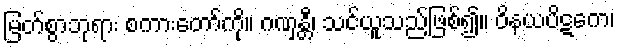
မြတ်စွာဘုရား စကားတော်ကို။ ဂဏှန္တီ၊ သင်ယူသည်ဖြစ်၍။ ဝိနယပိဋကေ၊